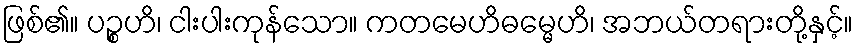
ဖြစ်၏။ ပဉ္စဟိ၊ ငါးပါးကုန်သော။ ကတမေဟိဓမ္မေဟိ၊ အဘယ်တရားတို့နှင့်။